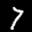
Label: 7